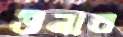
উনার